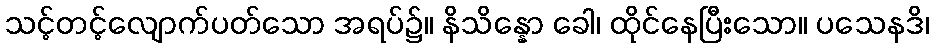
သင့်တင့်လျောက်ပတ်သော အရပ်၌။ နိသိန္နော ခေါ၊ ထိုင်နေပြီးသော။ ပသေနဒိ၊